Annual report of the Punjab Veterinary College and of the Civil Veterinary Department, Punjab - 1894-1908
Year: 1894
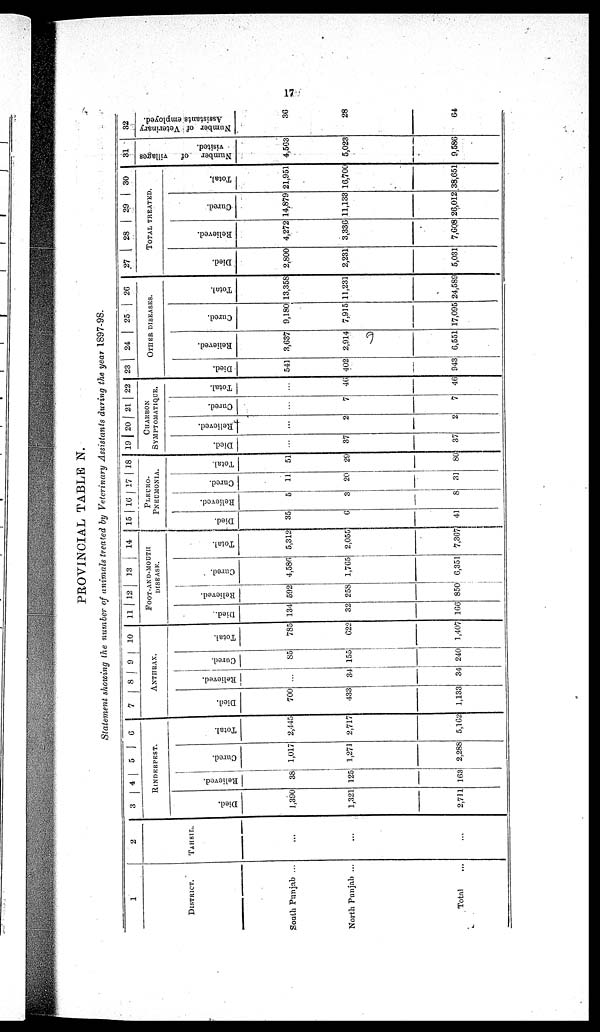
17
PROVINCIAL TABLE N.
Statement showing the number of animals treated by Veterinary Assistants during the year 1897-98.
1
DISTRICT.
South Punjab ...
North Punjab ...
Total
2
TAHSIL.
...
...
...
3 4 5 6
RINDERPEST.
Died.
1,390
1,321
2,711
Relieved.
38
125
163
Cured.
1,017
1,271
2,288
Total.
2,445
2,717
5,162
7
8
9
10
ANTHRAX.
Died.
700
433
1,133
Relieved.
...
34
34
Cured.
85
155
240
Total.
785
622
1,407
11 12
13
14
FOOT-AND-MOUTH
DISEASE
.
Died..
134
32
166
Relieved.
592
258
850
Cured.
4,586
1,765
6,351
Total.
5,312
2,055
7,367
15 16 17 18
PLEURO-
PNEUMONIA
Died.
35
6
41
Relieved.
5
3
8
Cured.
11
20
31
Total.
51
29
80
19 20 21 22
CHARBON
SYMPTOMATIQUE.
Died.
...
37
37
Relieved.
...
2
2
Cured.
...
7
7
Total.
...
46
46
23
24
25
26
OTHER DISEASES.
Died.
541
402
943
Relieved.
3,637
2,914
6,551
Cured.
9,180
7,915
17,095
Total.
13,358
11,231
24,589
27
28
29
30
TOTAL TREATED.
Died.
2,800
2,231
5,031
Relieved.
4,272
3,336
7,608
Cured.
14,879
11,133
26,012
Total.
21,951
16,700
38,651
31
Number
of
villages
visited.
4,563
5,023
9,586
32
Number of Veterinary
Assistants employed.
36
28
64